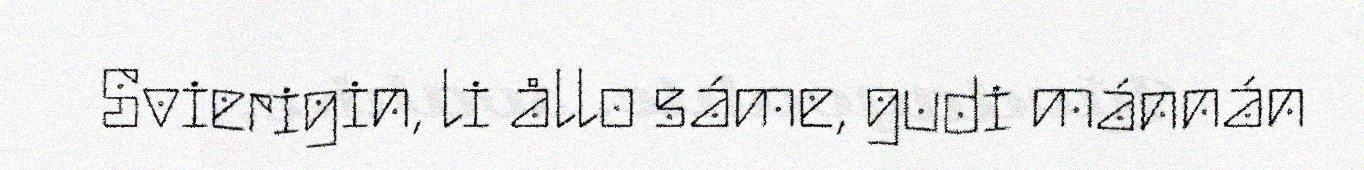
Svierigin, li ållo sáme, gudi mánnán